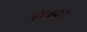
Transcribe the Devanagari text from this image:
संबदर